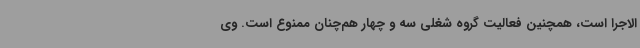
الاجرا است، همچنین فعالیت گروه شغلی سه و چهار هم‌چنان ممنوع است. وی